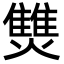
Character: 㸈